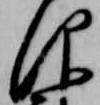
仰